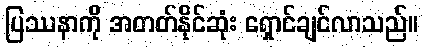
ပြဿနာကို အတတ်နိုင်ဆုံး ရှောင်ချင်လာသည်။